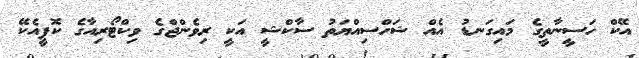
އޭކް ހަސީނާތީގެ މައިގަނޑު އެއް ޝަހްސިއްޔަތު ސާކްޝީ އަކީ ރިވެންޖްގެ ވިކްޓޯރިއާގެ ކޮޕީއެކޭ